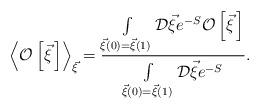
LaTeX: \begin{align*}\left<{\cal O}\left[\vec \xi{\,}\right]\right>_{\vec\xi}=\frac{\int\limits_{\vec\xi(0)=\vec\xi(1)}^{}{\cal D}\vec\xi e^{-S}{\cal O}\left[\vec\xi{\,}\right]}{\int\limits_{\vec\xi(0)=\vec\xi(1)}^{}{\cal D}\vec\xi e^{-S}}.\end{align*}